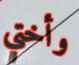
وأختي